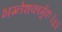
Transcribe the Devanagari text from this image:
भग्नेशकार्मुकः॥६॥